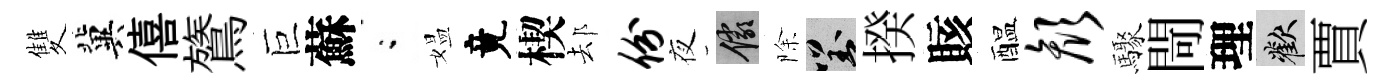
雙冀僖鷟巨蘇閤媪竟楔𨚫份夜儼除對揆賅醖颜驟閜理歡賈